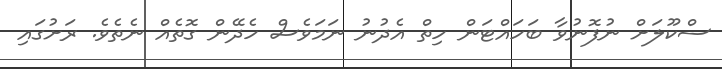
ސްކޫލަށް ނުފޮނުވާ ބަހައްޓަން ހިތް އެދުނު ނަމަވެސް ހެދޭން ގޮތެއް ނެތެވެ. ރަށުގައި